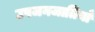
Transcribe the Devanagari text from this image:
उपजनजातियाँ